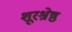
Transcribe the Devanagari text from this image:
शूरश्रेष्ठ